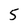
Character: 5